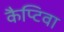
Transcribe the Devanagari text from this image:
कैप्टिवा